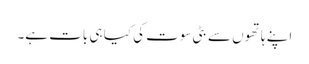
اپنے ہاتھوں سے بٹی سوت کی کیا ہی بات ہے۔